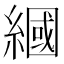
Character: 𦄰